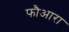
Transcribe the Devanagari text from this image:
फौआरा